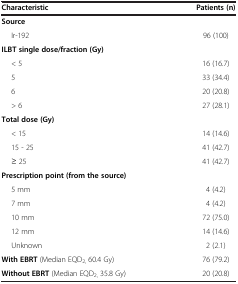
| Characteristic | Patients (n) |
 | --- | --- |
 | Source |  |
 | Ir-192 | 96 (100) |
 | ILBT single dose/fraction (Gy) |  |
 | < 5 | 16 (16.7) |
 | 5 | 33 (34.4) |
 | 6 | 20 (20.8) |
 | > 6 | 27 (28.1) |
 | Total dose (Gy) |  |
 | < 15 | 14 (14.6) |
 | 15 - 25 | 41 (42.7) |
 | ≥ 25 | 41 (42.7) |
 | Prescription point (from the source) |  |
 | 5 mm | 4 (4.2) |
 | 7 mm | 4 (4.2) |
 | 10 mm | 72 (75.0) |
 | 12 mm | 14 (14.6) |
 | Unknown | 2 (2.1) |
 | With EBRT (Median EQD2, 60.4 Gy) | 76 (79.2) |
 | Without EBRT (Median EQD2, 35.8 Gy) | 20 (20.8) |